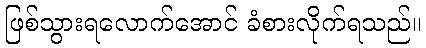
ဖြစ်သွားရလောက်အောင် ခံစားလိုက်ရသည်။